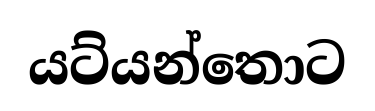
යට්යන්තොට